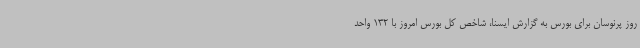
روز پرنوسان برای بورس به گزارش ایسنا، شاخص کل بورس امروز با 132 واحد